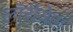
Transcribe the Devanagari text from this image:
लॉरीयेल